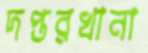
দপ্তরখানা